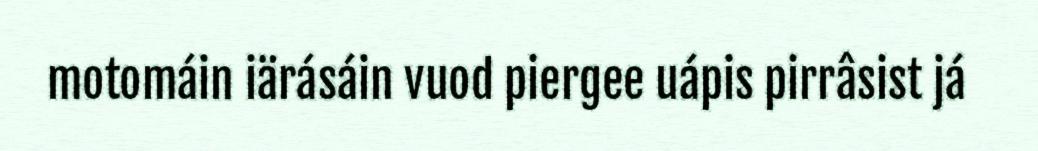
motomáin iärásáin vuod piergee uápis pirrâsist já